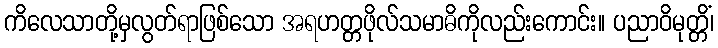
ကိလေသာတို့မှလွတ်ရာဖြစ်သော အရဟတ္တဖိုလ်သမာဓိကိုလည်းကောင်း။ ပညာဝိမုတ္တိံ၊